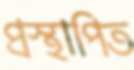
প্রস্থাপিত